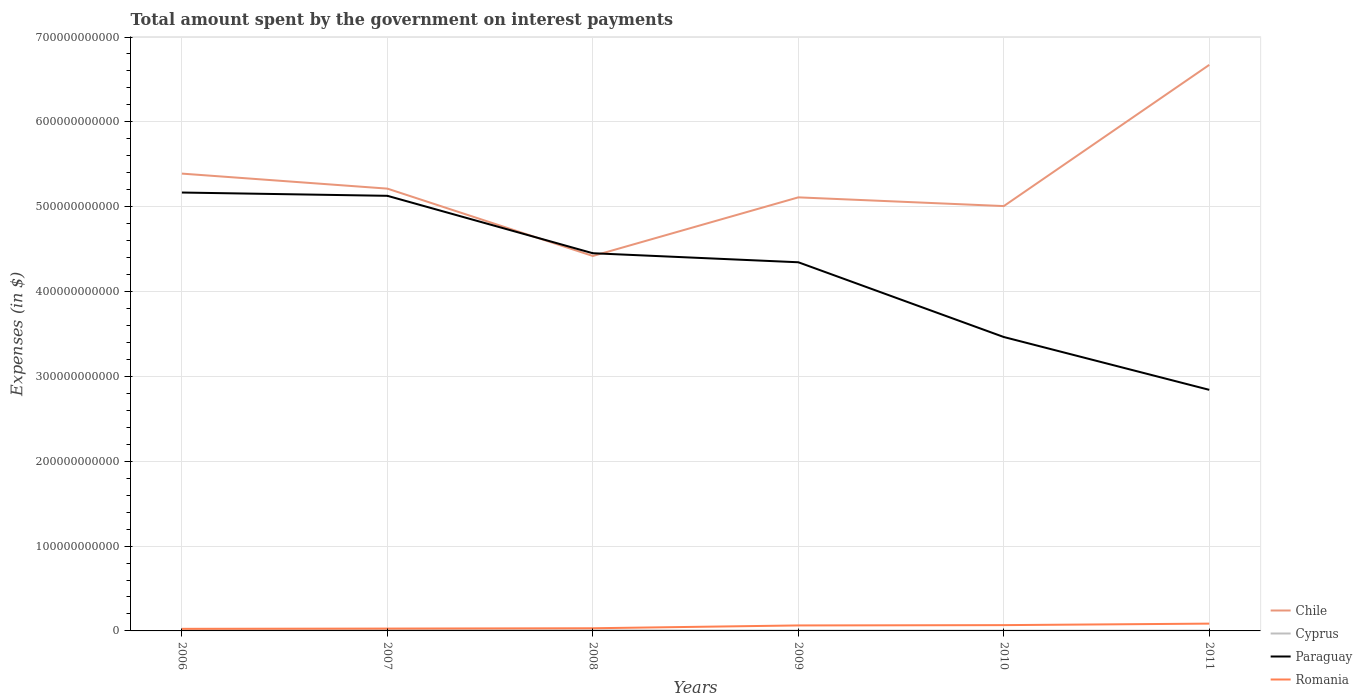
| Years | Chile | Cyprus | Paraguay | Romania |
 | --- | --- | --- | --- | --- |
 | 2006 | 5.39e+11 | 1.1e+09 | 5.17e+11 | 2.46e+09 |
 | 2007 | 5.21e+11 | 1.14e+09 | 5.13e+11 | 2.77e+09 |
 | 2008 | 4.42e+11 | 7.95e+08 | 4.45e+11 | 3.15e+09 |
 | 2009 | 5.11e+11 | 4.03e+08 | 4.35e+11 | 6.47e+09 |
 | 2010 | 5.01e+11 | 3.62e+08 | 3.46e+11 | 6.84e+09 |
 | 2011 | 6.67e+11 | 3.98e+08 | 2.84e+11 | 8.61e+09 |